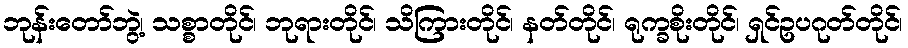
ဘုန်းတော်ဘွဲ့၊ သစ္စာတိုင်၊ ဘုရားတိုင်၊ သိကြားတိုင်၊ နတ်တိုင်၊ ရုက္ခစိုးတိုင်၊ ရှင်ဥပဂုတ်တိုင်၊